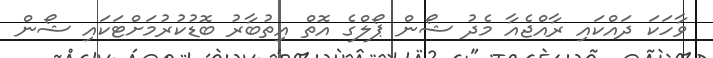
ވާހަކަ ދައްކައި ރާއްޖެއާ މެދު ޝޯން ޕޯލްގެ އޮތް އިތުބާރު ބޮޑުކުރުމަށްޓަކައި ޝޯން